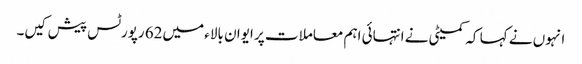
انہوں نے کہا کہ کمیٹی نے انتہائی اہم معاملات پر ایوان بالاء میں62 رپورٹس پیش کیں۔